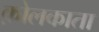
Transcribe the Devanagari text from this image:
क़ोलकाता